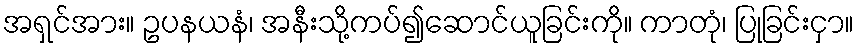
အရှင်အား။ ဥပနယနံ၊ အနီးသို့ကပ်၍ဆောင်ယူခြင်းကို။ ကာတုံ၊ ပြုခြင်းငှာ။